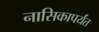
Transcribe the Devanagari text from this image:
नासिकापर्यंत